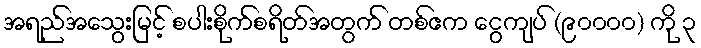
အရည်အသွေးမြင့် စပါးစိုက်စရိတ်အတွက် တစ်ဧက ငွေကျပ် (၉၀၀၀၀) ကို ၃